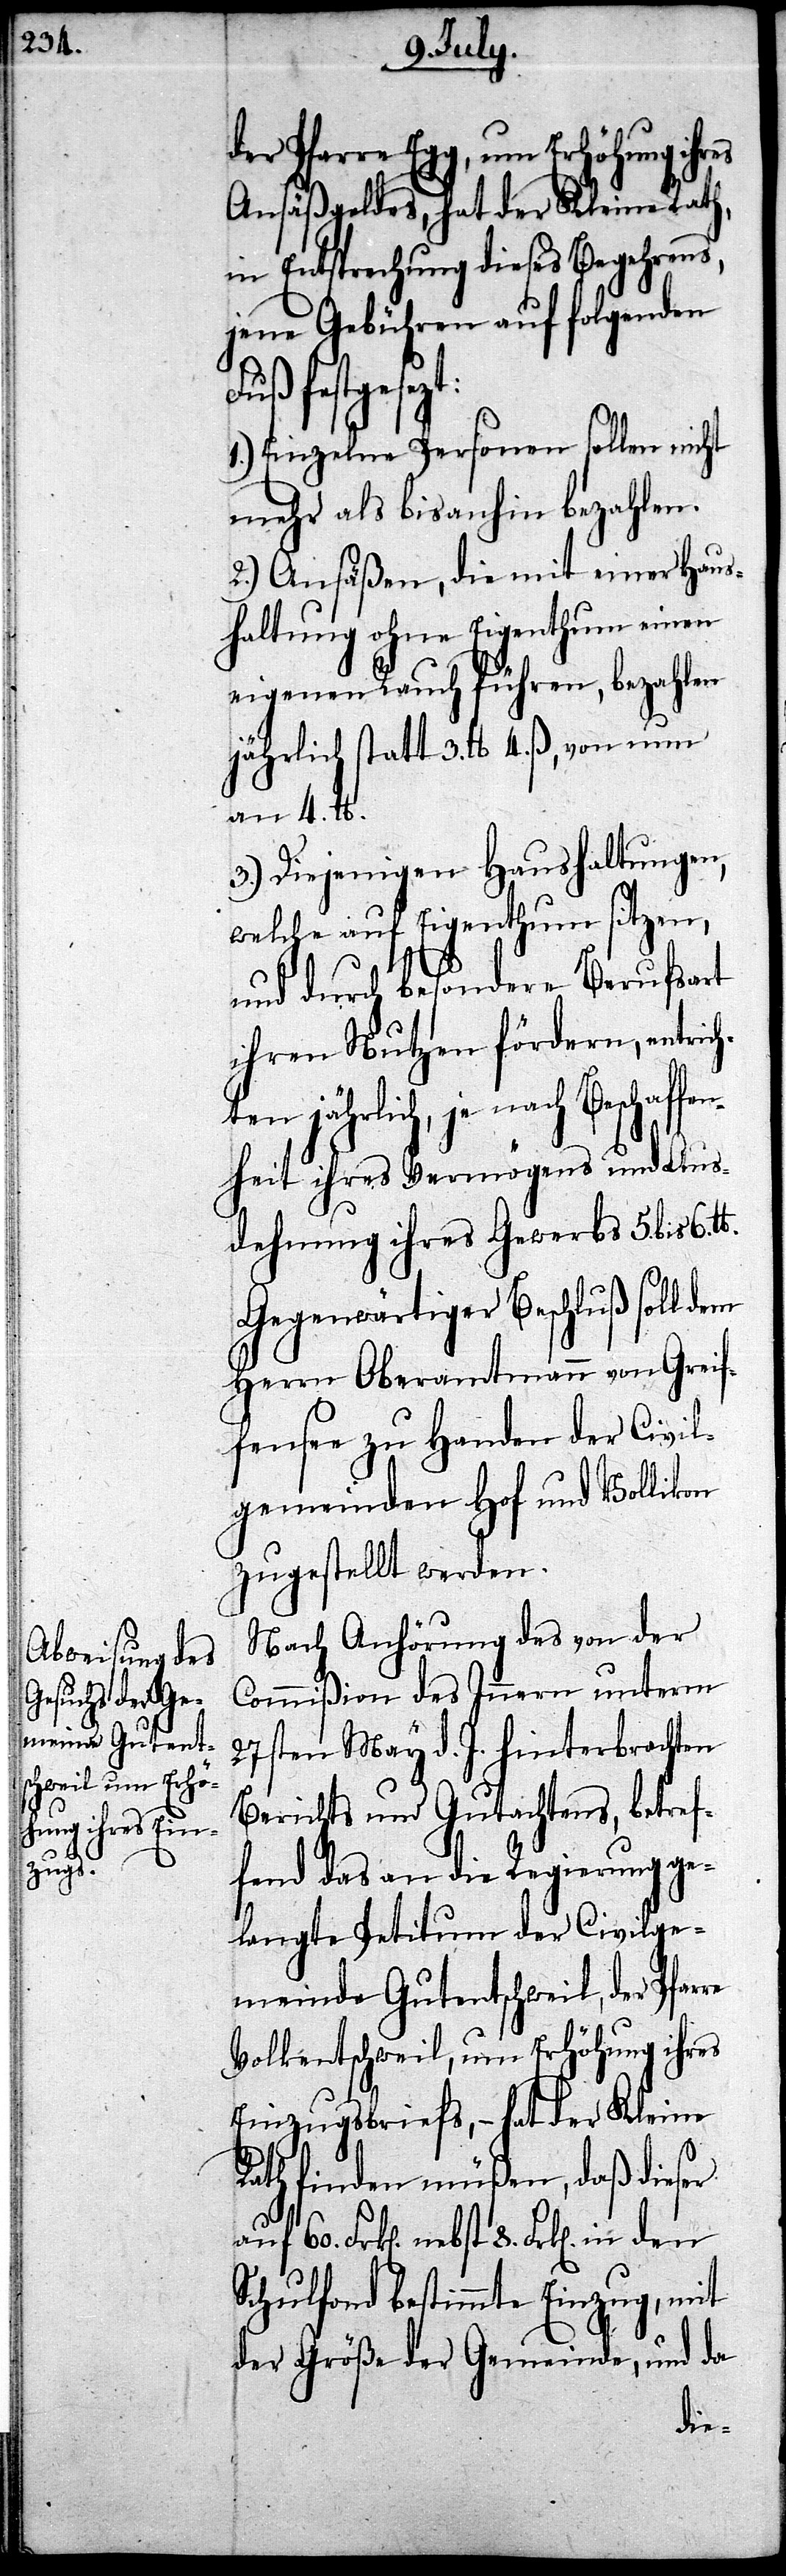
in den

8. Frk[en].
der Pfarre Egg, um Erhöhung ihres
Ansäßengeldes, hat der Kleine Rath,
in Entsprechung dieses Begehrens,
jene Gebühren auf folgenden
Fuß festgese¬
1.) Einzelne Personen sollen nicht
mehr als bis anhin bezahlen.
2.) Ansäßen, die mit einer Haus¬
haltung ohne Eigenthum einen
eigenen Rauch führen, bezahlen
jährlich statt 3. lb 4. ß, von nun
an 4. lb.
3.) Diejenigen Haushaltungen,
welche auf Eigenthum sitzen,
und durch besondere Berufsart
ihren Nutzen fördern, entrich¬
n jährlich, je nach Beschaff¬
enheit ihres Vermögens und Aus¬
dehnung ihres Gewerbs 5. bis 6.
Gegenwärtiger Beschluß soll dem
Herrn Oberamtmann von Greif¬
fensee zu Handen der Civil¬
gemeinden Hof und Vollikon
zugestellt werden.
Nach Anhörung des von der
Commißion des Innern unterm
27sten May d. J. hinterbrachten
Berichts und Gutachtens, betref¬
fend das an die Regierung ge¬
langte Petitum der Civilge¬
meinde Gutentschweil, der Pfar¬
Volkentschweil, um Erhöhung ihres
Einzugsbriefs, – hat der Kleine
Rath finden müßen, daß dieser
Schulfond bestimme Einzug, mit
der Größe der Gemeinde, und da